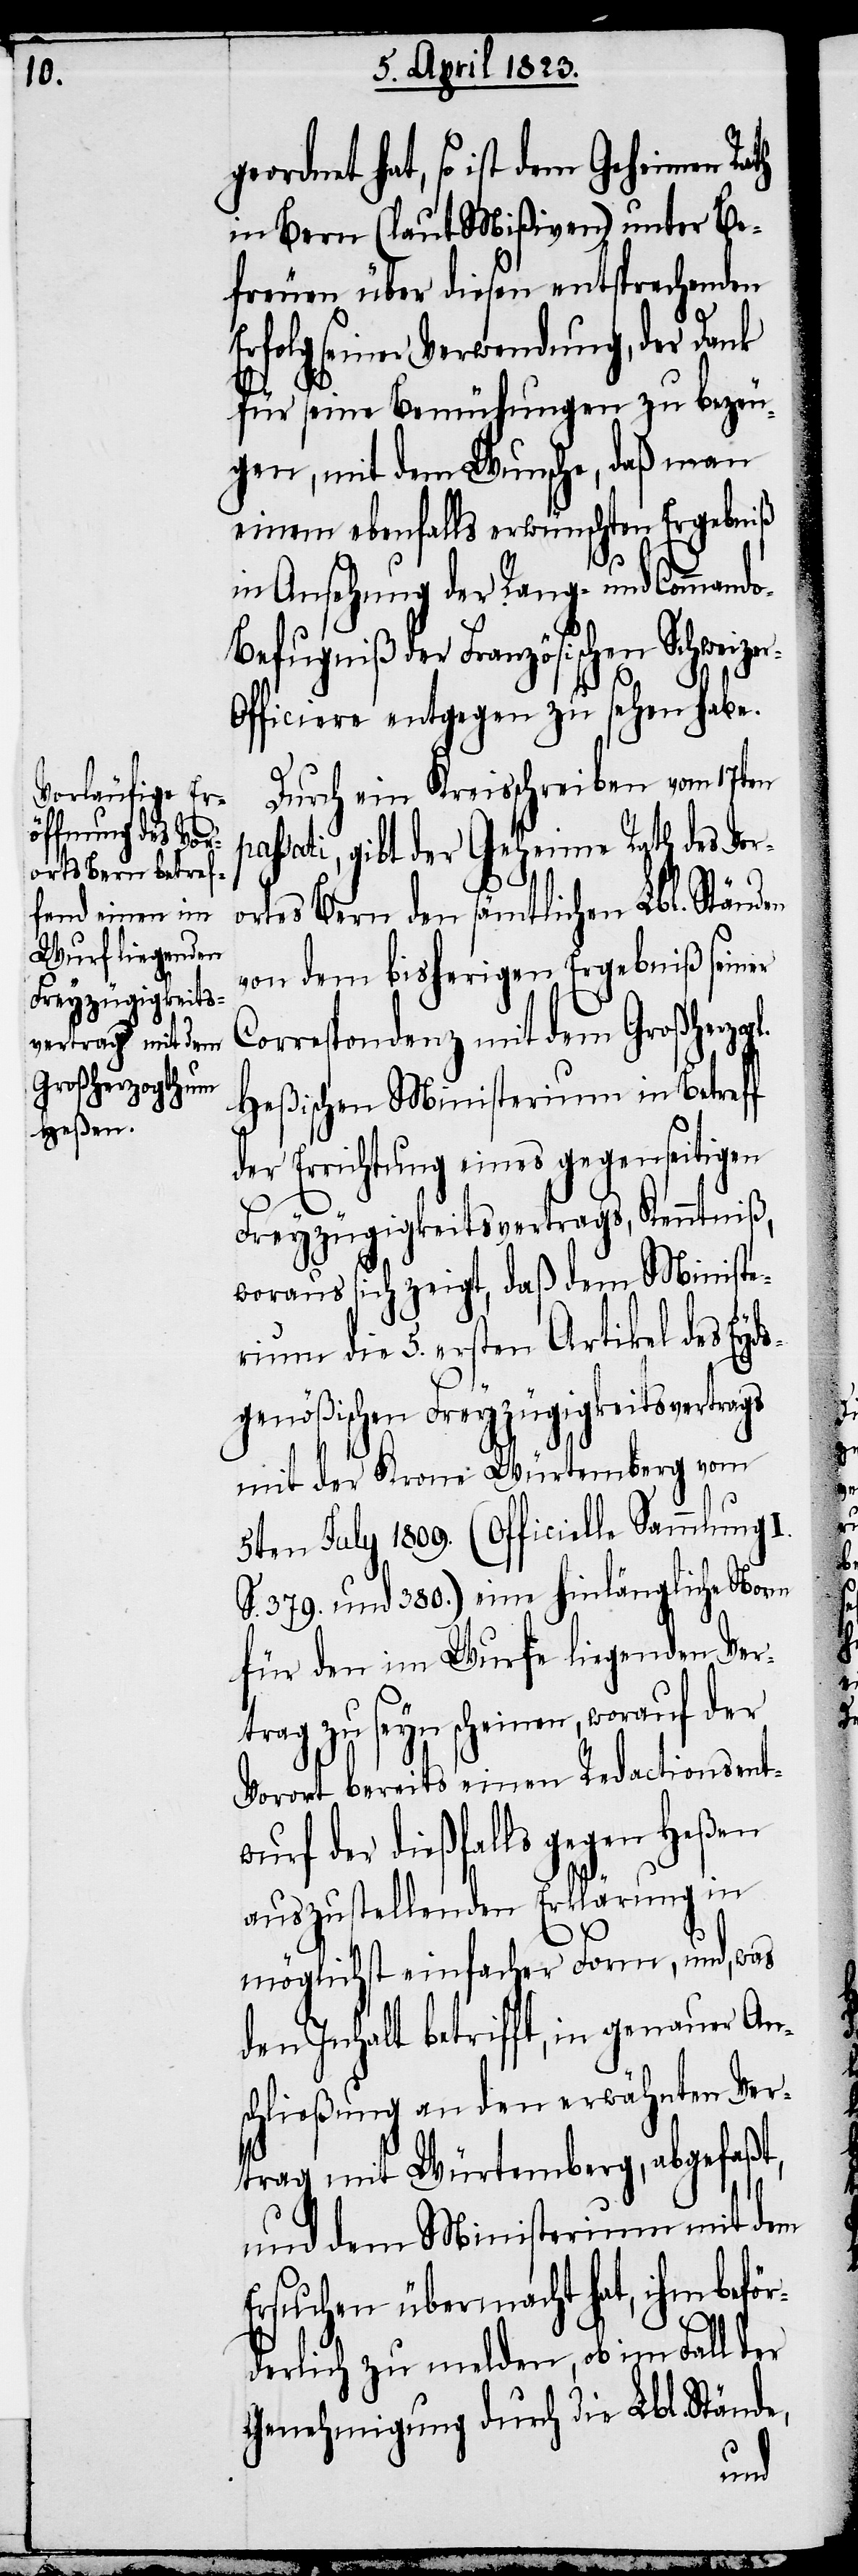
gl.

eordnet hat, so ist dem Geheimen Rath
in Bern (laut Mißiven) unter Be¬
freuen über diesen entsprechenden
Erfolg seiner Verwendung, der Dank
für seine Bemühungen zu bezeu¬
gen, mit dem Wunsche, daß man
einem ebenfalls erwünschten Ergebniß
in Ansehung der Rang- und Command¬
o-Befugniß der Französischen Schweize¬
r-Officiere entgegen zu sehen habe.
Durch ein Kreisschreiben vom 17ten
assati, gibt der Geheime Rath des Vor¬
ortes Bern den sämtlichen Lbl. Ständen
von dem bisherigen Ergebniß seiner
Correspondenz mit dem Großherzo¬
Heßischen Ministerium in Betreff
der Errichtung eines gegenseitigen
Freyzügigkeitsvertrags, Kenntniß,
woraus sich zeigt, daß dem Ministe¬
rium die 5. ersten Artikel des Eyds¬
genößischen Freyzügigkeitsvertrags
mit der Krone Würtemberg vom
5ten July 1809. (Officielle Sammlung
S. 379. und 380.) eine hinlängliche Norm
für den im Wurfe liegenden Ver¬
trag zu seyn scheinen, worauf der
Vorort bereits einen Redactionsentw¬
urf der dießfalls gegen Heßen
auszustellenden Erklärung in
möglichst einfacher Form, und, was
den Inhalt betrifft, in genauer Ans¬
chließung an den erwähnten Ver¬
trag mit Würtemberg, abgefaßt,
und dem Ministerium mit dem
Ersuchen übermacht hat, ihm befö¬
rderlich zu melden, ob im Fall der
Genehmigung durch die Lbl. Stände,